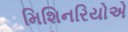
મિશિનરિયોએ